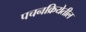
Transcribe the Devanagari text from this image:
पचनक्रियेतील